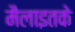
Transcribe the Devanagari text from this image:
मैलाइतके